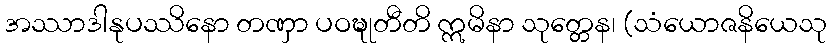
အဿာဒါနုပဿိနော တဏှာ ပဝဍ္ဎုတီတိ ဣမိနာ သုတ္တေန၊ (သံယောဇနိယေသု